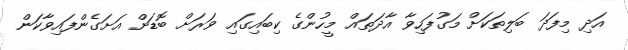
އަދި މިފަދަ ބަލިތަކަށް މަގުފަހިވާ އާދަތައް މީހުންގެ ކިބައިގައި ވަރަށް ބޮޑަށް އަށަގެންފައިވާކަން